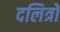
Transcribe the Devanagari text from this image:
दलित्रों